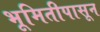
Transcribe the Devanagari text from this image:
भूमितीपासून